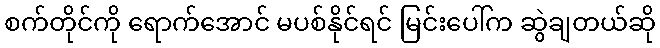
စက်တိုင်ကို ရောက်အောင် မပစ်နိုင်ရင် မြင်းပေါ်က ဆွဲချတယ်ဆို